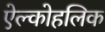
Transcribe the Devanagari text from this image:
ऐल्कोहलिक